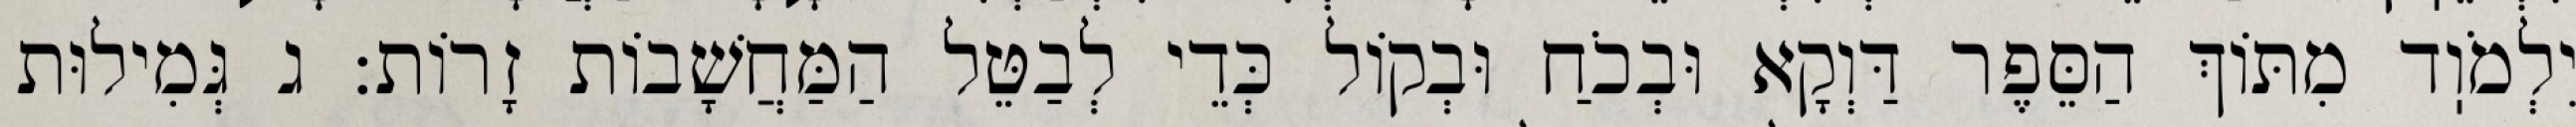
יִלְמֹוֽד מִתּוֹךְ הַסֵּפֶר דַּוְקָא וּבְכֹחַ וּבְקוֹל כְּדֵי לְבַטֵּל הַמַּחֲשָׁבוֹת זָרוֹת: ג גְּמִילוּת